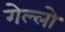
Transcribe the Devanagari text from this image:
गेल्‍लो